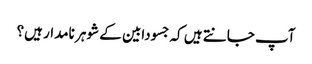
آپ جانتے ہیں کہ جسودابین کے شوہر نامدار ہیں؟